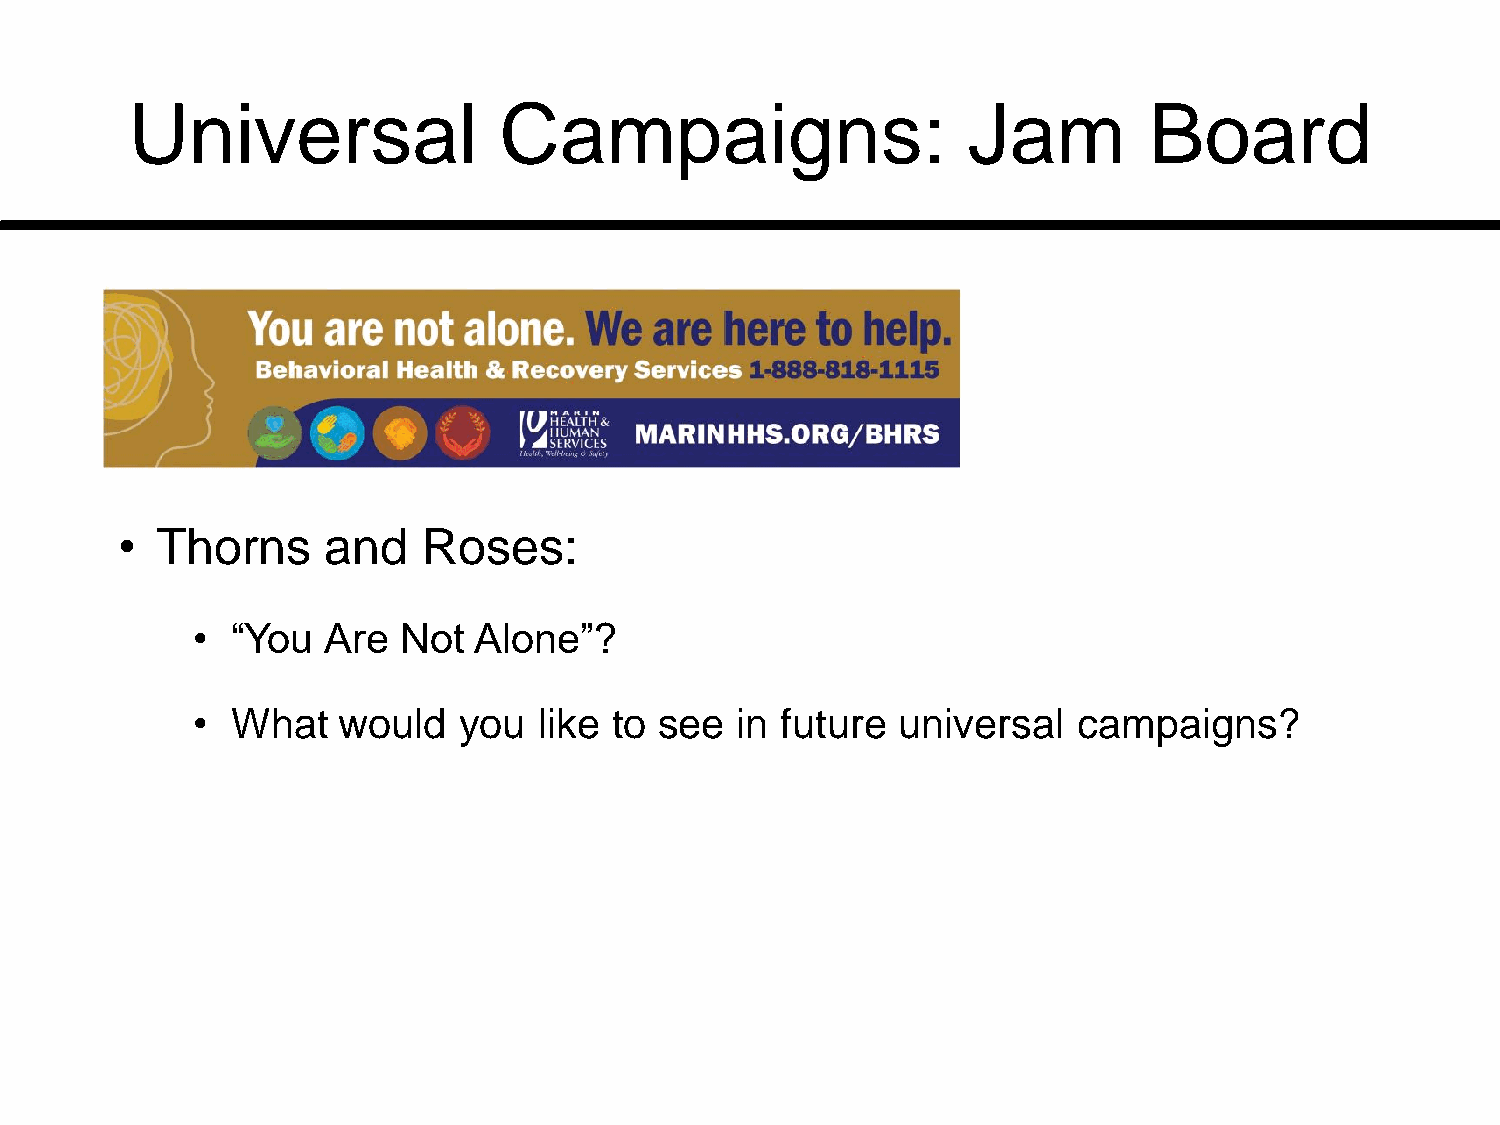
Universal               Campaigns:                     Jam         Board
 • Thorns      and   Roses:
 • “You  Are  Not  Alone”?
 • What   would   you   like to see  in future universal   campaigns?